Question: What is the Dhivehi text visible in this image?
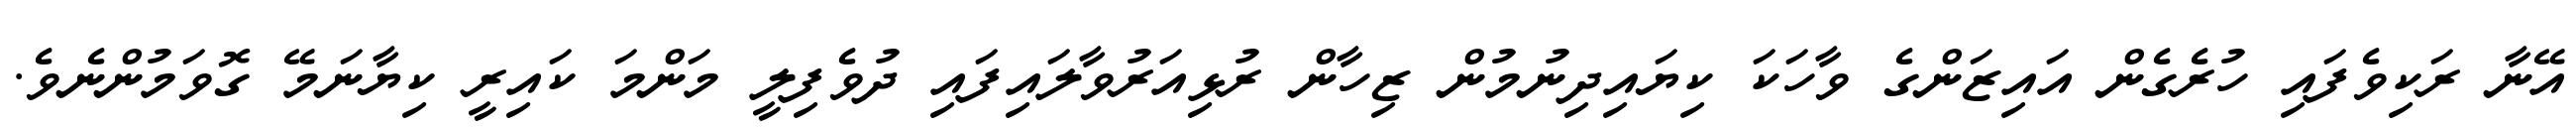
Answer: އޭނާ ރަކިވެފައި ހުރެގެން އައިޒަންގެ ވާހަކަ ކިޔައިދިނުމުން ޒިހާން ރުޅިއަރުވާލައިފައި ދުވެފިލީ މަންމަ ކައިރީ ކިޔާނަމޭ ގޮވަމުންނެވެ.